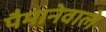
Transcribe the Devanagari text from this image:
पैमानेवाले